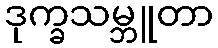
ဒုက္ခသမ္ဘူတာ